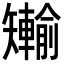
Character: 𪿐